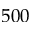
5 0 0